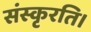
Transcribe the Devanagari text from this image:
संस्कृरति।